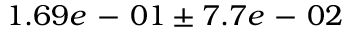
1 . 6 9 e \mathrm { ~ - ~ } 0 1 \pm 7 . 7 e \mathrm { ~ - ~ } 0 2